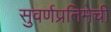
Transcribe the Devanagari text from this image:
सुवर्णप्रतिमेची